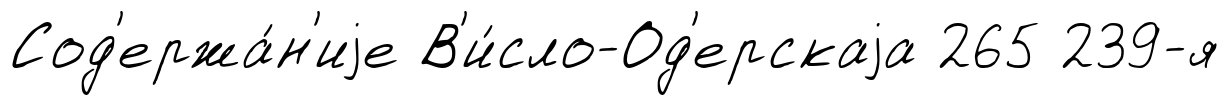
Сод'ержа́н'иjе В'и́сло-Од'ерскаjа 265 239-я